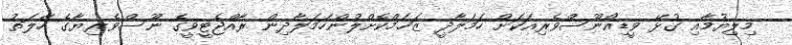
މިލިޔުމާއި ގުޅޭ ވީޑިއޯނޫސްވެރިއަކަށް ހަމަލާދީ ޒަޚަމްކޮށްލުންހަމަލާދިން ރާއްޖެޓީވީގެ ނޫސްވެރިޔާގެ ހާލަތު